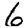
Digit: 6